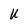
Character: U